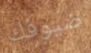
ضيوفك